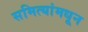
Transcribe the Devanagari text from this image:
समित्यांमधून